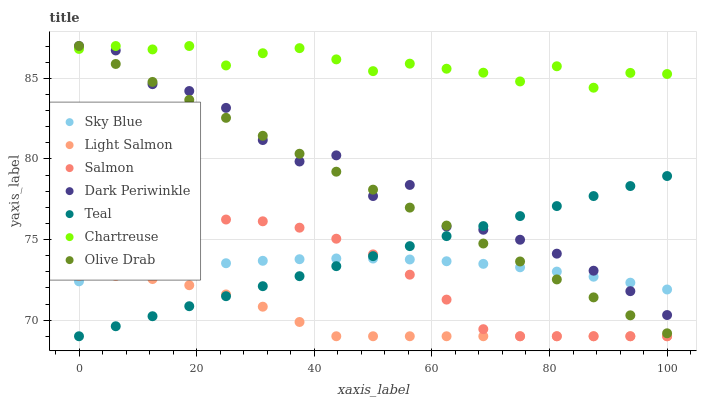
| xaxis_label | Sky Blue | Light Salmon | Salmon | Dark Periwinkle | Teal | Chartreuse | Olive Drab |
 | --- | --- | --- | --- | --- | --- | --- | --- |
 | 0 | 72.4 | 72.7 | 73.8 | 87 | 69 | 86.8 | 87 |
 | 6.25 | 72.8 | 72.7 | 74.8 | 86.7 | 69.6 | 87 | 85.9 |
 | 12.5 | 73.1 | 72.5 | 75.6 | 84.6 | 70.2 | 86.8 | 84.8 |
 | 18.8 | 73.3 | 72.2 | 76.1 | 84.2 | 70.9 | 87 | 83.7 |
 | 25 | 73.5 | 71.6 | 76.2 | 83.2 | 71.5 | 85.8 | 82.5 |
 | 31.2 | 73.7 | 70.8 | 76.1 | 81.2 | 72.1 | 86.6 | 81.4 |
 | 37.5 | 73.8 | 69.9 | 75.7 | 79.8 | 72.7 | 86.9 | 80.3 |
 | 43.8 | 73.8 | 69 | 75 | 80.2 | 73.3 | 86.2 | 79.2 |
 | 50 | 73.8 | 69 | 74.1 | 77.7 | 74 | 85.4 | 78.1 |
 | 56.2 | 73.8 | 69 | 72.8 | 78.4 | 74.6 | 85.9 | 77 |
 | 62.5 | 73.7 | 69 | 71.3 | 75.8 | 75.2 | 85.6 | 75.9 |
 | 68.8 | 73.5 | 69 | 69.4 | 75.6 | 75.8 | 85.3 | 74.8 |
 | 75 | 73.3 | 69 | 69 | 75 | 76.5 | 84.8 | 73.6 |
 | 81.2 | 73 | 69 | 69 | 74.1 | 77.1 | 85.7 | 72.5 |
 | 87.5 | 72.7 | 69 | 69 | 73.1 | 77.7 | 84.4 | 71.4 |
 | 93.8 | 72.3 | 69 | 69 | 71.8 | 78.3 | 85.3 | 70.3 |
 | 100 | 71.9 | 69 | 69 | 70.3 | 78.9 | 85.3 | 69.2 |